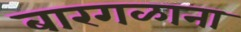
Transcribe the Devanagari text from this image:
बारगळाना